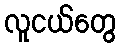
လူငယ်တွေ